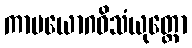
ကာမယောဂဝိသံယုတ္တော